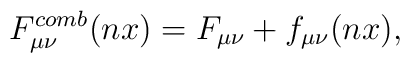
F\sb{\mu\nu}\sp{comb}(nx)=F\sb{\mu\nu}+f\sb{\mu\nu}(nx),